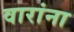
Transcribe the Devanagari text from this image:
वारांना